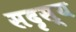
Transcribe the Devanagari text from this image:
सदृस्य